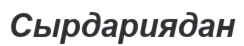
Сырдариядан